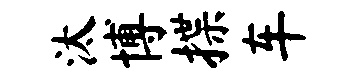
汰博揲车